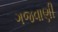
ગજવાણી